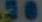
30